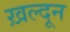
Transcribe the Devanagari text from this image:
ख़ल्दून